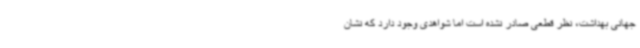
جهانی بهداشت، نظر قطعی صادر نشده است اما شواهدی وجود دارد که نشان